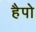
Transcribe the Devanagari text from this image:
हैपो